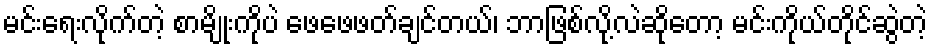
မင်းရေးလိုက်တဲ့ စာမျိုးကိုပဲ ဖေဖေဖတ်ချင်တယ်၊ ဘာဖြစ်လို့လဲဆိုတော့ မင်းကိုယ်တိုင်ဆွဲတဲ့